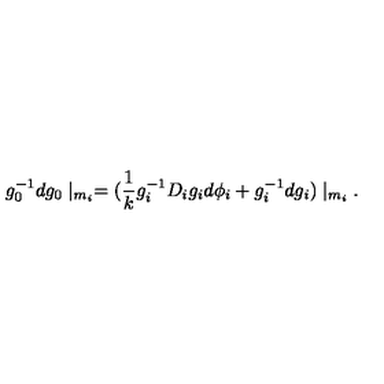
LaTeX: g _ { 0 } ^ { - 1 } d g _ { 0 } \mid _ { m _ { i } } = ( \frac { 1 } { k } g _ { i } ^ { - 1 } D _ { i } g _ { i } d \phi _ { i } + g _ { i } ^ { - 1 } d g _ { i } ) \mid _ { m _ { i } } .